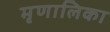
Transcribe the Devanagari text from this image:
मृणालिका